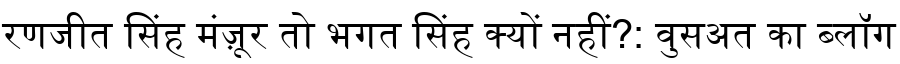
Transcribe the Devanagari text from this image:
रणजीत सिंह मंज़ूर तो भगत सिंह क्यों नहीं?: वुसअत का ब्लॉग